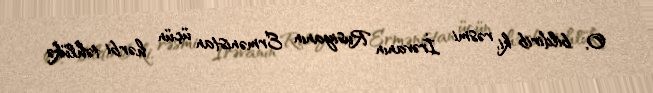
O, bildirib ki, rəsmi İrəvanın Rusiyanın Ermənistan üçün hərbi təhlükə